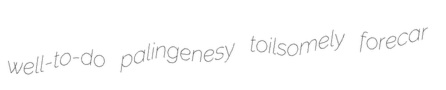
well-to-do palingenesy toilsomely forecar